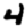
Digit: 4